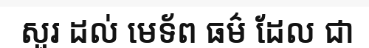
សួរ ដល់ មេទ័ព ធម៌ ដែល ជា